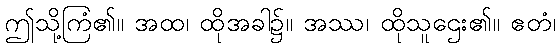
ဤသို့ကြံ၏။ အထ၊ ထိုအခါ၌။ အဿ၊ ထိုသူဌေး၏။ ဧတံ၊